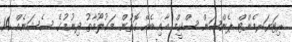
ރިޓަޔަރމެންޓް ޕެންޝަން ސްކީމް އާއި ބެހޭ ގޮތުން މަޢުލޫމާތު ދިނުމުގެ ސެޝަނެއް 14